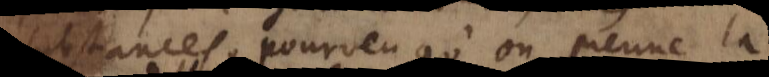
substances, pourveu qu’on prenne la